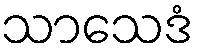
သာသေဒံ